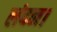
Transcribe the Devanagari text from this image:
लंदन।